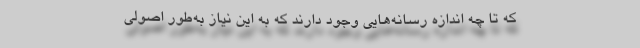
که تا چه اندازه رسانه‌هایی وجود دارند که به این نیاز به‌طور اصولی